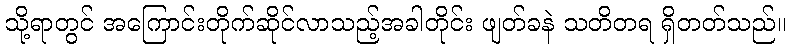
သို့ရာတွင် အကြောင်းတိုက်ဆိုင်လာသည့်အခါတိုင်း ဖျတ်ခနဲ သတိတရ ရှိတတ်သည်။